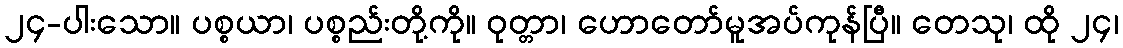
၂၄-ပါးသော။ ပစ္စယာ၊ ပစ္စည်းတို့ကို။ ဝုတ္တာ၊ ဟောတော်မူအပ်ကုန်ပြီ။ တေသု၊ ထို ၂၄၊